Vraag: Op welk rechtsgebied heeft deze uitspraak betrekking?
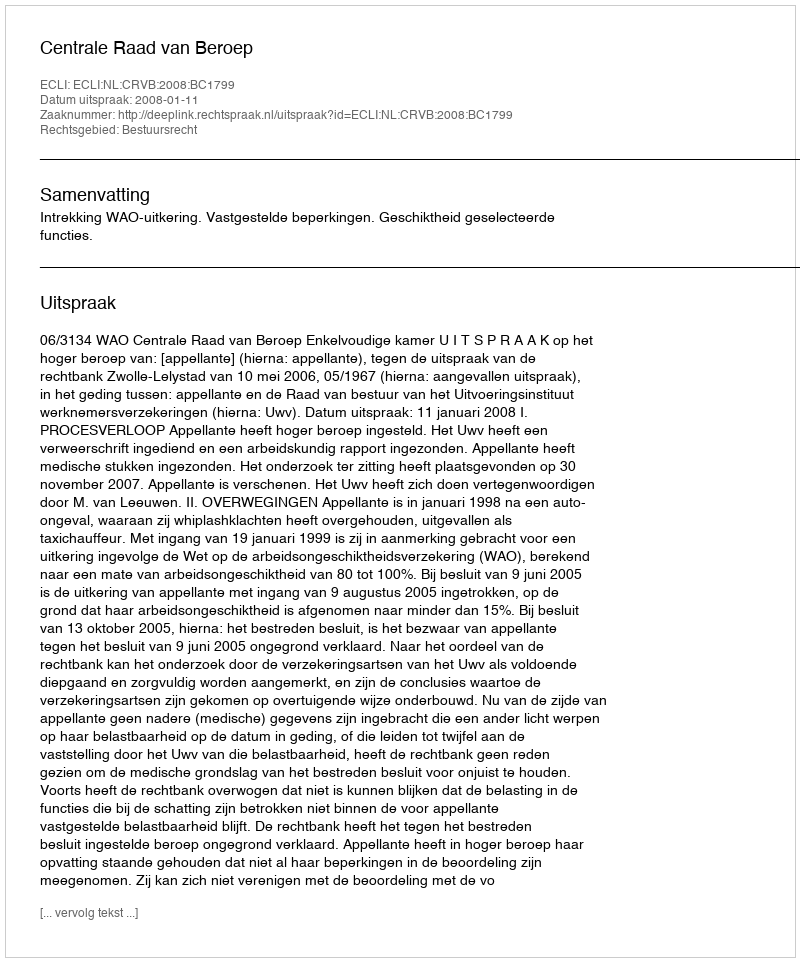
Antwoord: Bestuursrecht